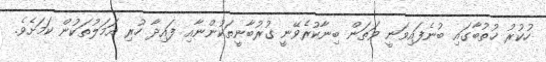
ހުކުރު ޚުތުބާގައި ބުނެފައިވަނީ ވަތަން ބިނާކުރެވޭނީ ގުރުބާނީތަކުންނާއި ފައިދާ ހުރި އަމަލުތަކުން ކަމަށެވެ.